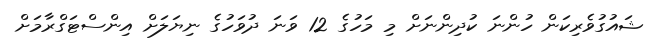
ޝައުގުވެރިކަން ހުންނަ ކުދިންނަށް މި މަހުގެ 12 ވަނަ ދުވަހުގެ ނިޔަލަށް އިންސްޓަގްރާމަށް